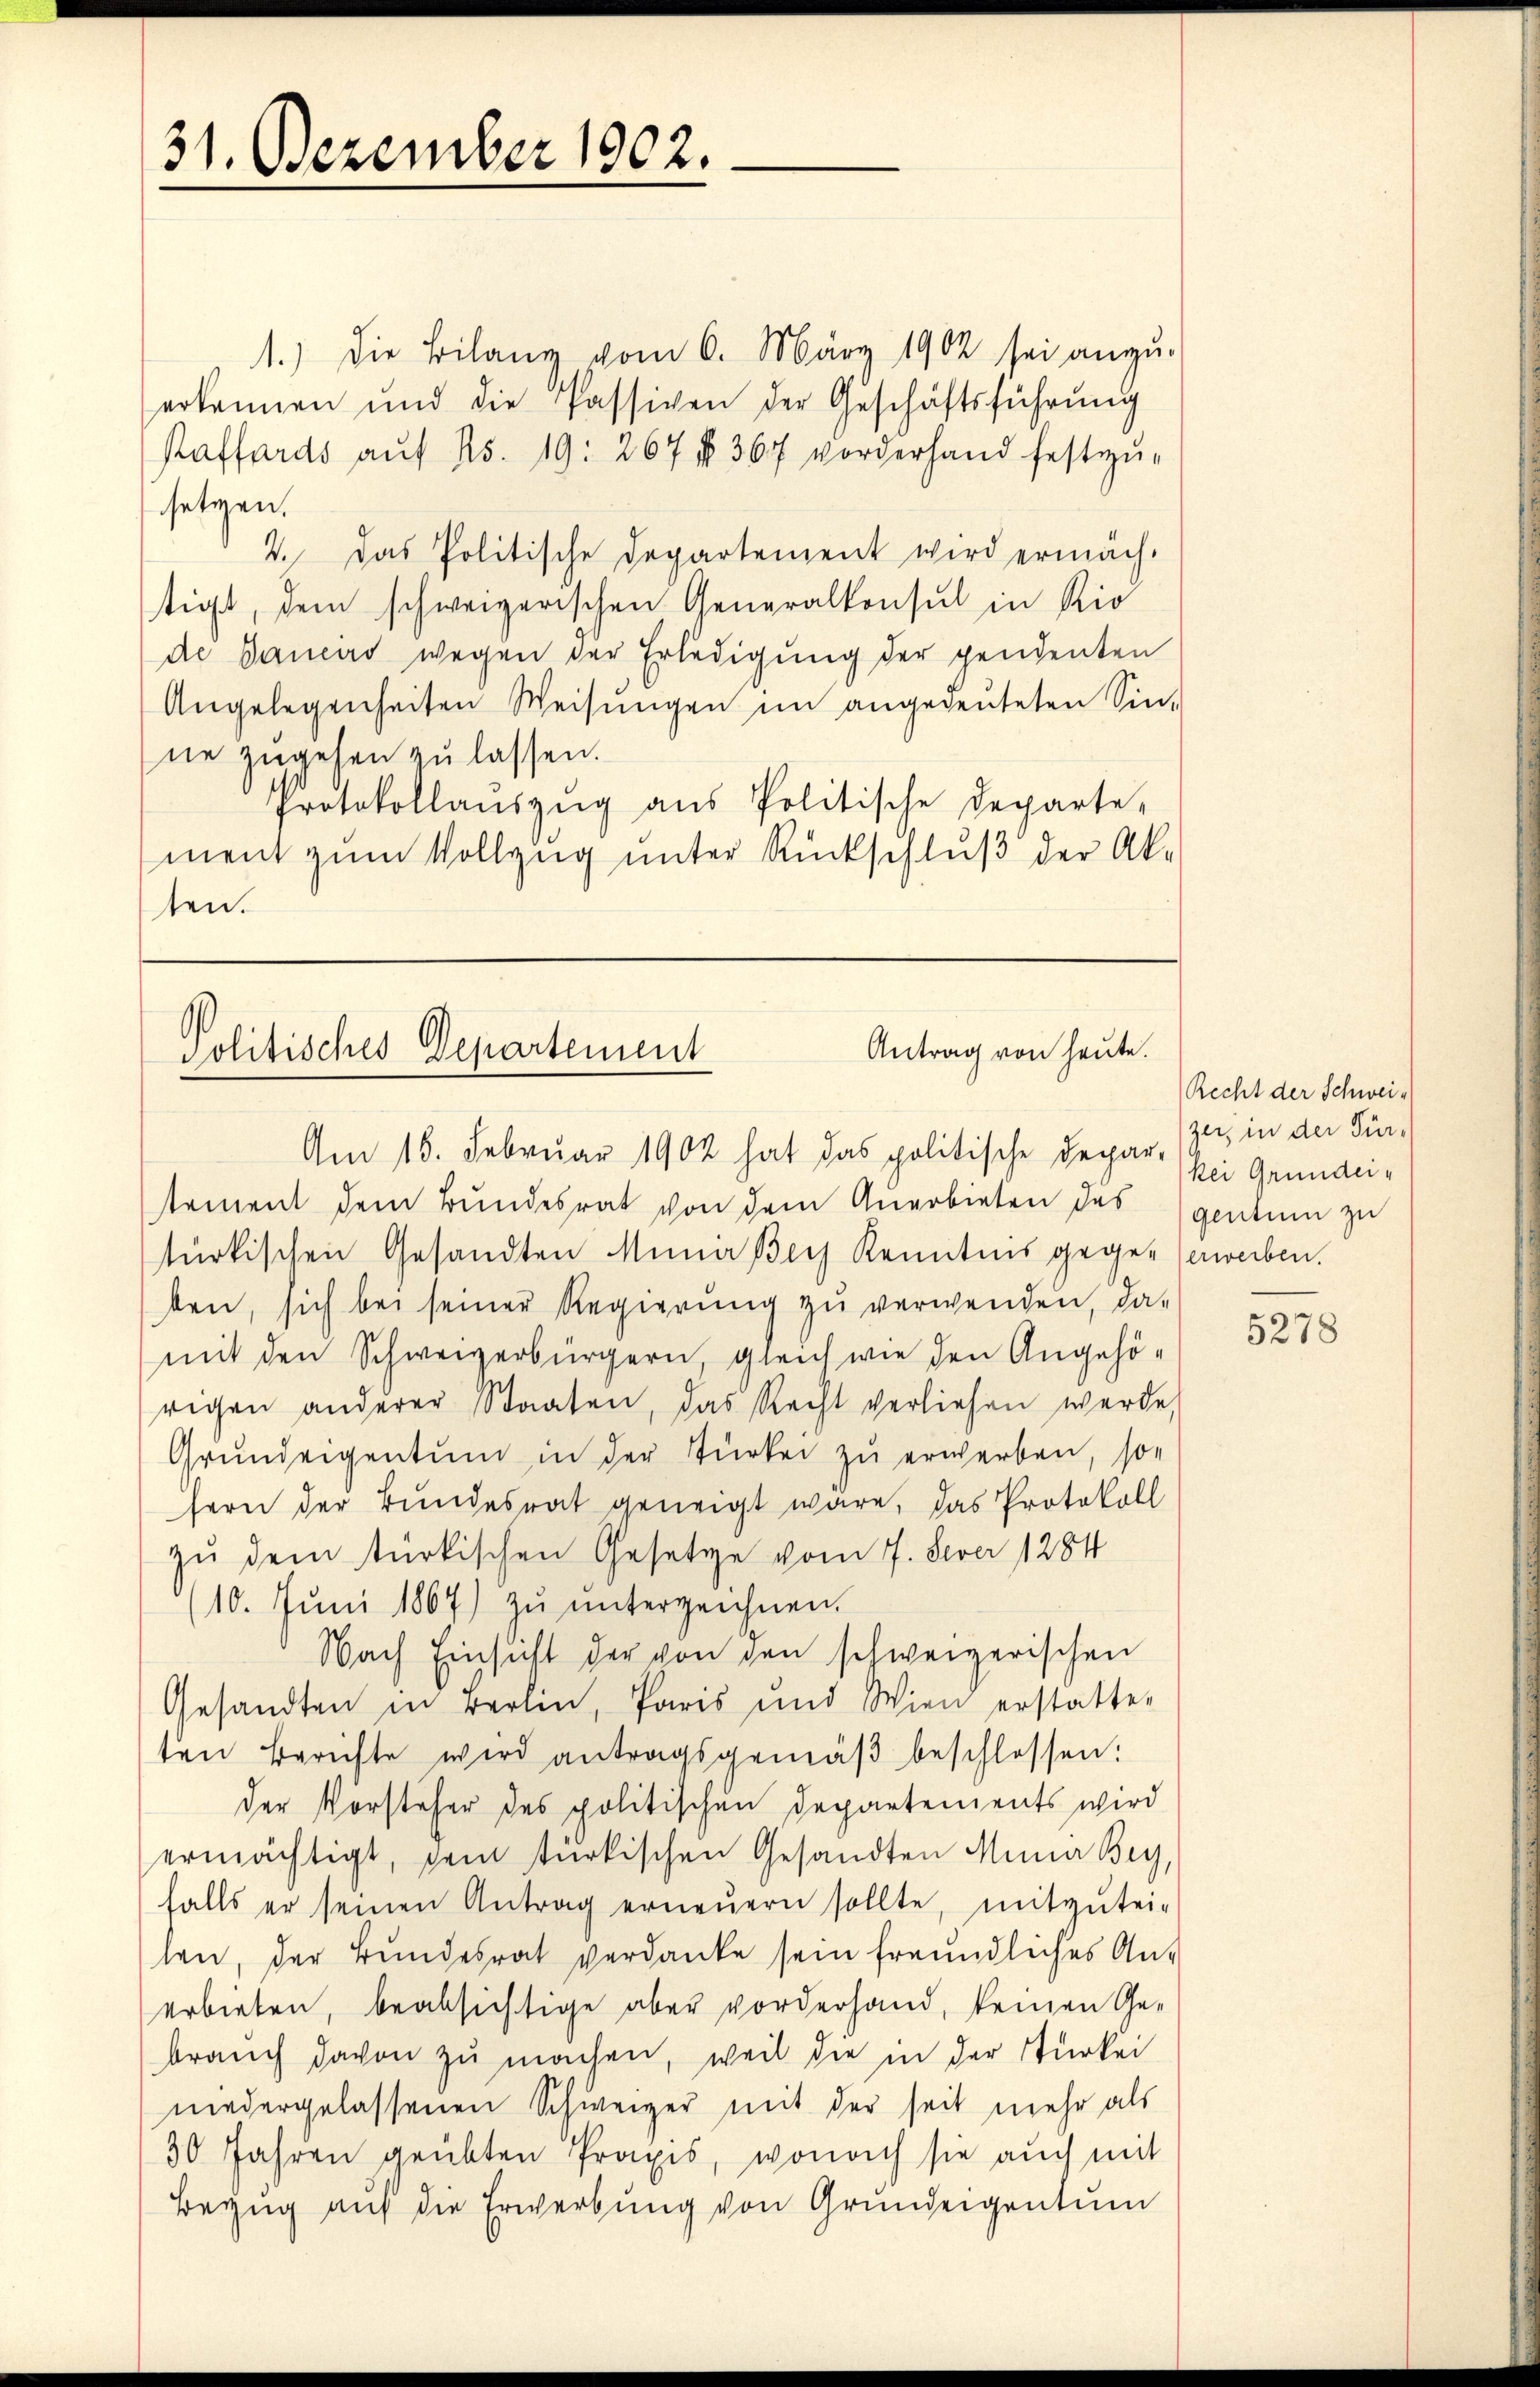
1.) Die Bilanz vom 6. März 1902 sei anzu-
erkennen und die Passiven der Geschäftsführŭng
Praffards auf 15. 19: 267 f. 367 vorderhand festzu-
setzen.
4. Das Politische Departement wird ermäch-
tigt, dem schweizerischen Generalkonsul in Rio
de Dancirs wegen der Erledigung der pendenten
Angelegenheiten Weisŭngen im angedeuteten Sin-
ne zŭgehen zŭ lassen.
Protokollaŭszŭg aŭs Politische Departe-
ment zum Vollzug unter Rückschluß der Ak-
ten.

Antrag von heute.
Politisches Departement
Am 15. Februar 1902 hat das politische Depar-

31. Dezember 1902.

stement dem Bundesrat von dem Angebieten des
türkischen Gesandten Mina Bey Kenntnis gegen Verwerben.
ben, sich bei seiner Regierung zu verwenden, damit den Schweizerbürgern, gleich wie den Angehö-
rigen anderer Staaten, das Recht verliehen werde,
Grundeigentum in der Türken zu erwerben, son
fern der Bundesrat geneigt wäre, das Protokoll
zu dem türkischen Gesetze vom 7. Feber 1884
(10. Jŭni 1867) zŭ ŭnterzeichnen.
Nach Einsicht der von den schweizerischen
Gesandten in Berlin, Paris und Wien erstatte-
ten Berichte wird antragsgemäβ beschlossen:
der Vorsteher des politischen Departements wird
ermächtigt, dem türkischen Gesandten Mina Bey,
falls er seinen Antrag erneŭern sollte, mitzŭtei-
len, der Bundesrat verdanke sein freundliches An-
erbieten, beabsichtige aber vorderhand, keinen Ge-
braŭch davon zŭ machen, weil die in der Türkei
niedergelassenen Schweizer mit der seit mehr als
30 Jahren geübten Praxis, wonach sie auch mit
Bezug auf die Erwerbung von Grundeigentum

Recht der Schweizer, in der Für-
kei Grundeigentum zu

5278